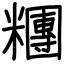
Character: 糰